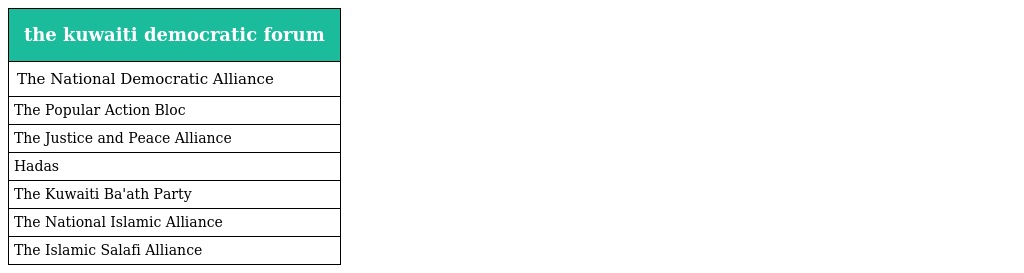
| the kuwaiti democratic forum |
 | --- |
 | The National Democratic Alliance |
 | The Popular Action Bloc |
 | The Justice and Peace Alliance |
 | Hadas |
 | The Kuwaiti Ba'ath Party |
 | The National Islamic Alliance |
 | The Islamic Salafi Alliance |